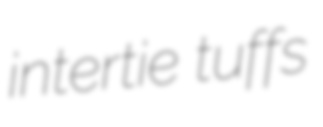
intertie tuffs